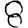
Digit: 8